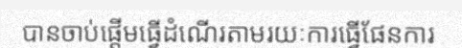
បានចាប់ផ្តើមធ្វើដំណើរតាមរយៈការធ្វើផែនការ